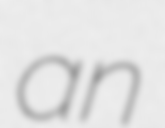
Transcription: an